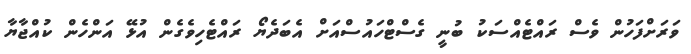
ވަރަށްފަހުން ވެސް ރައްޓެއްސަކު ބުނީ ގެސްޓްހައުސްއަށް އެބަދެޔޯ ރައްޓެހިވެގެން އުޅޭ އަންހެން ކުއްޖާޔާ